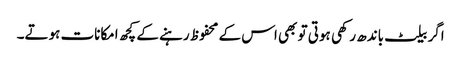
اگر بیلٹ باندھ رکھی ہوتی تو بھی اس کے محفوظ رہنے کے کچھ امکانات ہوتے۔